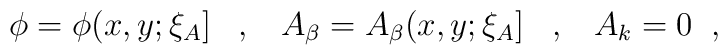
\phi=\phi(x,y;\xi_{A}] \;\;\;,\;\;\; A_{\beta}=A_{\beta}(x,y;\xi_{A}] \;\;\;,                                                          \;\;\; A_{k}=0 \;\;,